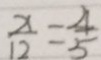
\frac { x } { 1 2 } = \frac { 4 } { 5 }